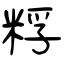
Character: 粰